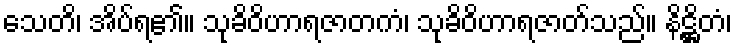
သေတိ၊ အိပ်ရ၏။ သုခိဝိဟာရဇာတကံ၊ သုခိဝိဟာရဇာတ်သည်။ နိဋ္ဌိတံ၊